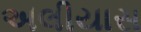
અલીયાસ